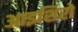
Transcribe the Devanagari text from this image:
आइशिरो